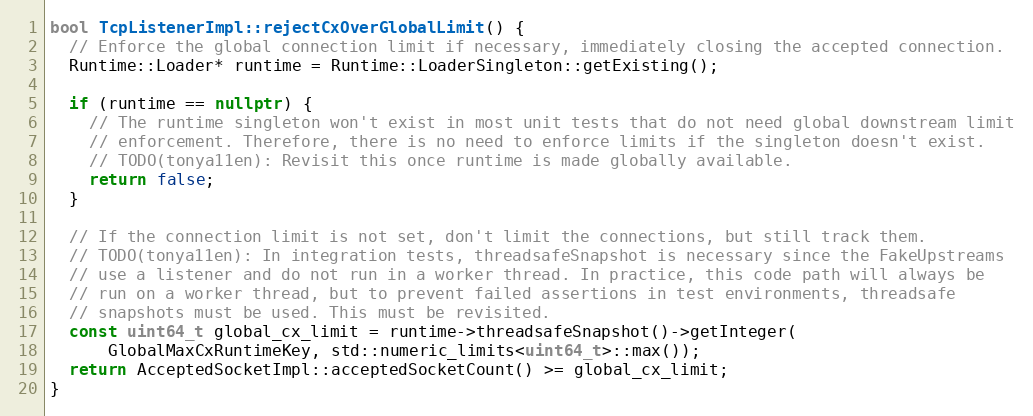
Language: C++
bool TcpListenerImpl::rejectCxOverGlobalLimit() {
  // Enforce the global connection limit if necessary, immediately closing the accepted connection.
  Runtime::Loader* runtime = Runtime::LoaderSingleton::getExisting();

  if (runtime == nullptr) {
    // The runtime singleton won't exist in most unit tests that do not need global downstream limit
    // enforcement. Therefore, there is no need to enforce limits if the singleton doesn't exist.
    // TODO(tonya11en): Revisit this once runtime is made globally available.
    return false;
  }

  // If the connection limit is not set, don't limit the connections, but still track them.
  // TODO(tonya11en): In integration tests, threadsafeSnapshot is necessary since the FakeUpstreams
  // use a listener and do not run in a worker thread. In practice, this code path will always be
  // run on a worker thread, but to prevent failed assertions in test environments, threadsafe
  // snapshots must be used. This must be revisited.
  const uint64_t global_cx_limit = runtime->threadsafeSnapshot()->getInteger(
      GlobalMaxCxRuntimeKey, std::numeric_limits<uint64_t>::max());
  return AcceptedSocketImpl::acceptedSocketCount() >= global_cx_limit;
}